Bréfritari: Sigurbjörg Einarsdóttir
Viðtakandi: Jón Borgfirðings Jónsson
Dagsetning: A-1882-03-03
Skrifað á: Akureyri  Eyf.

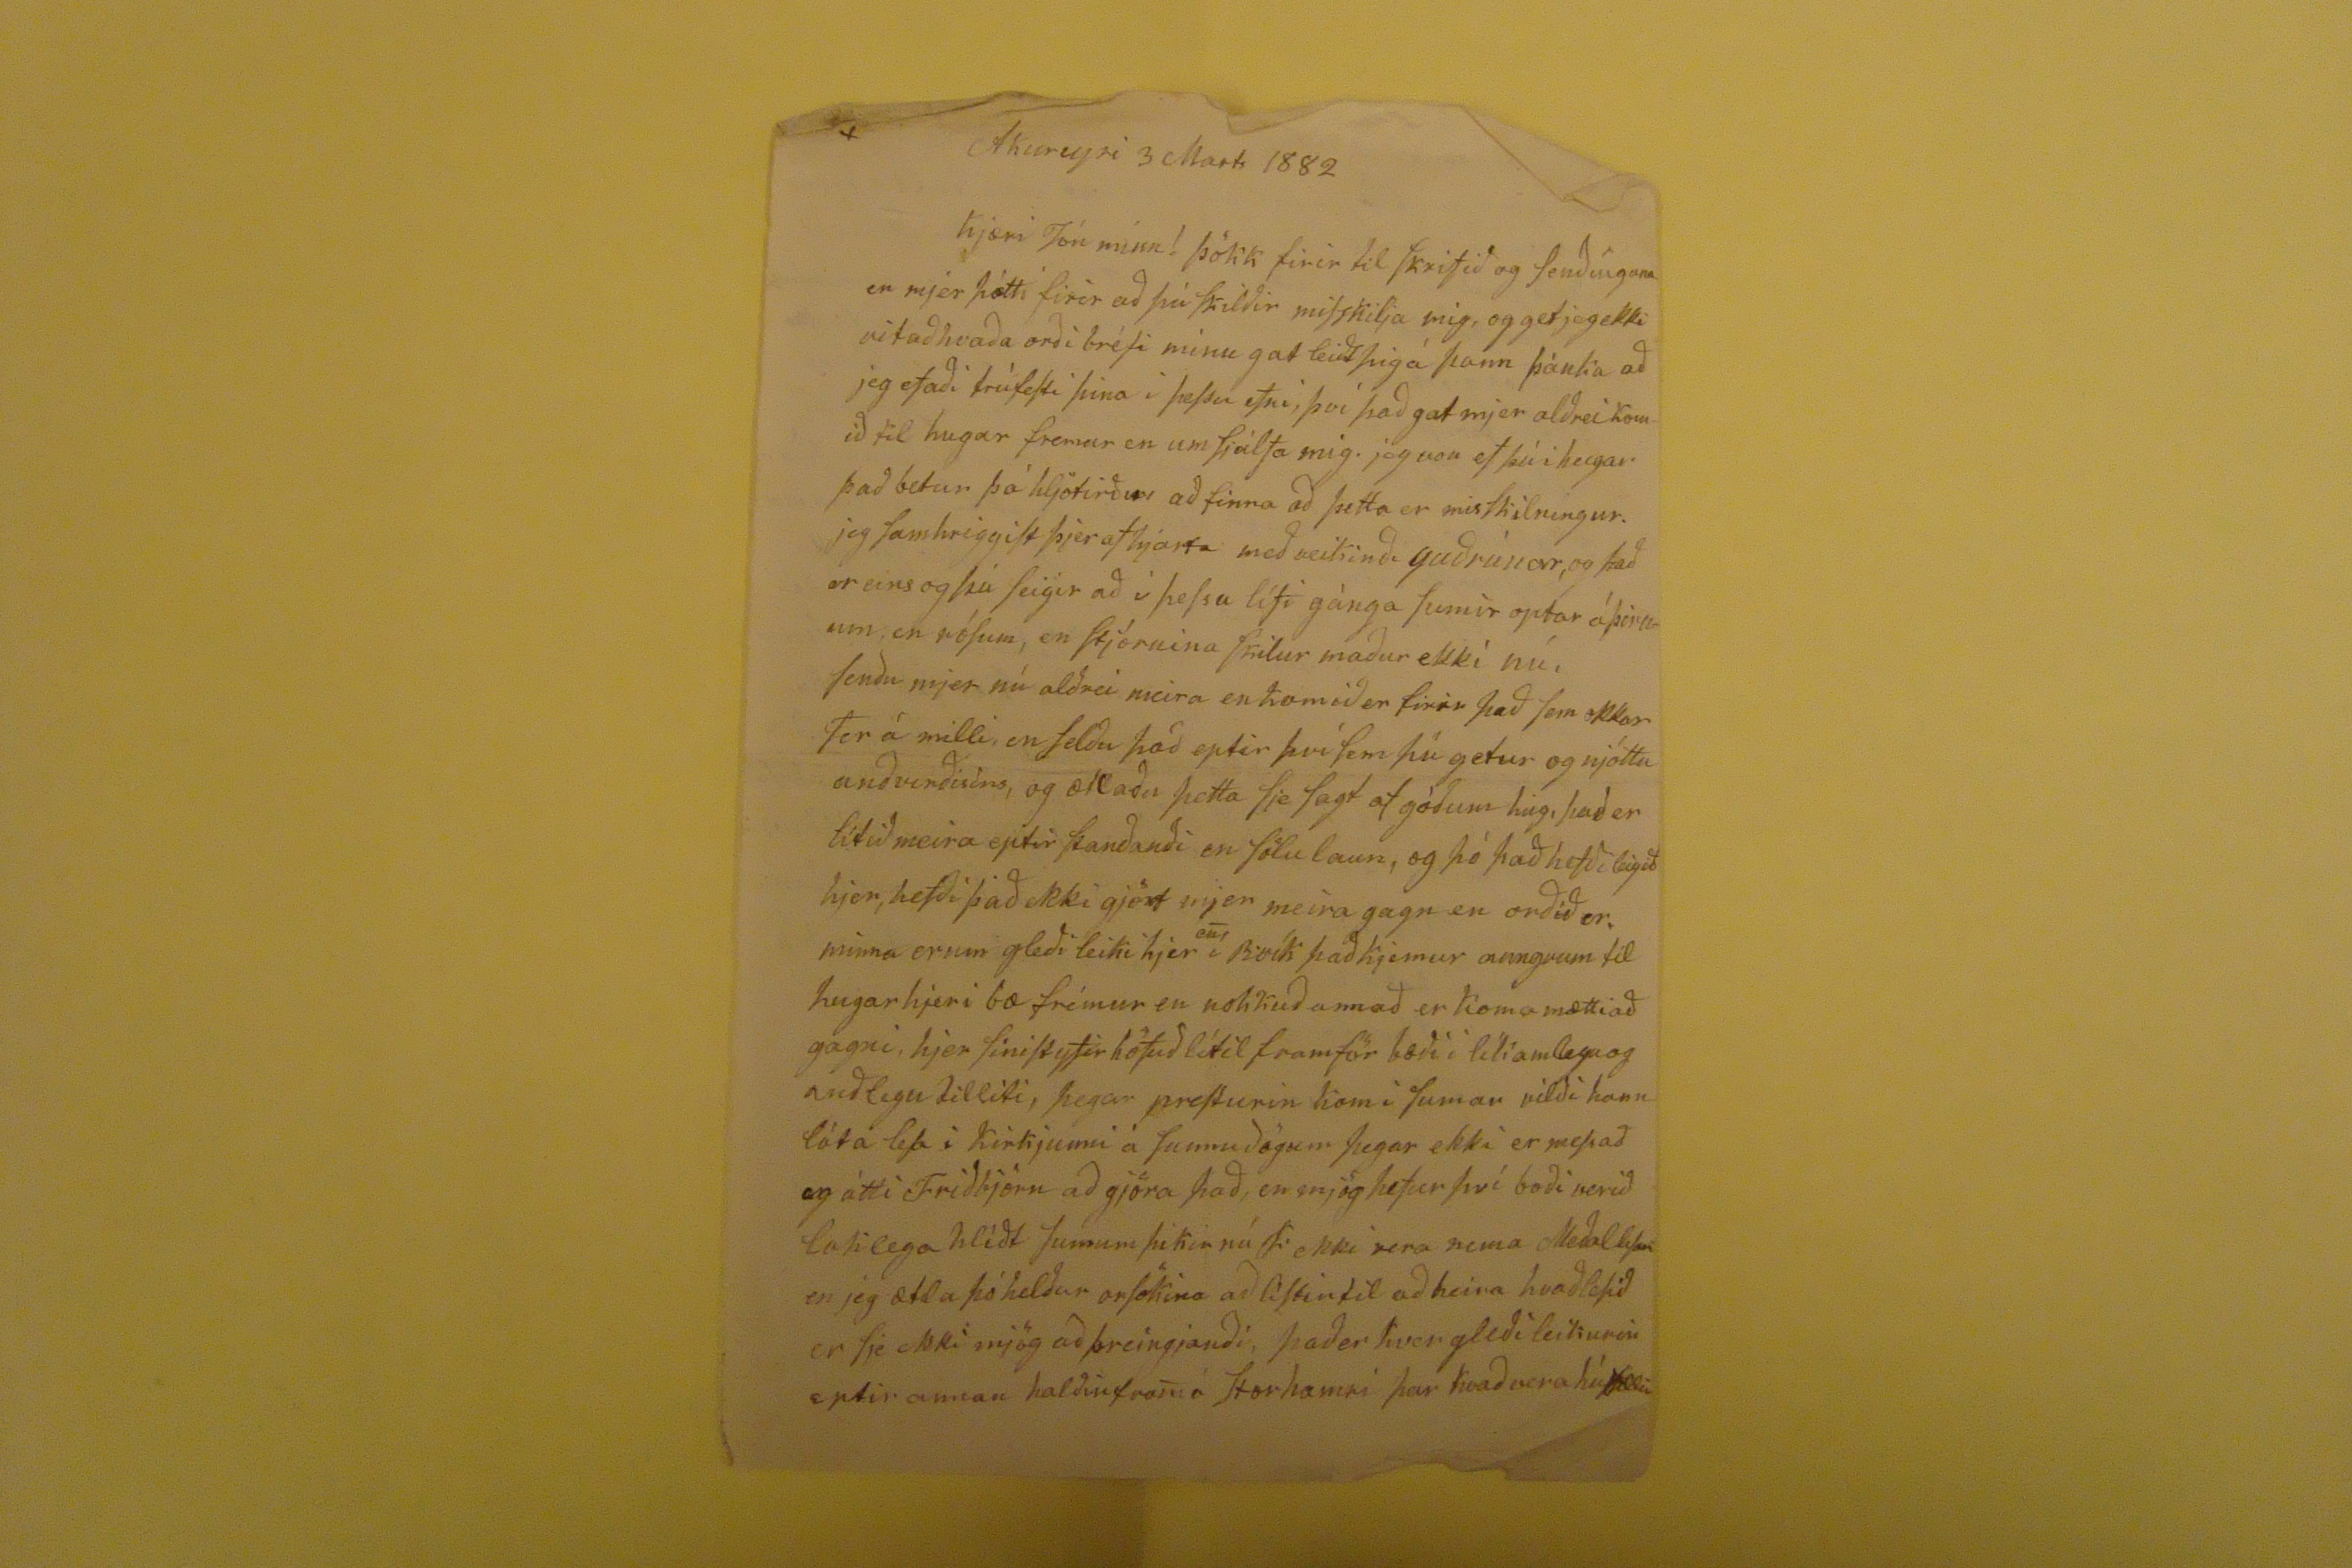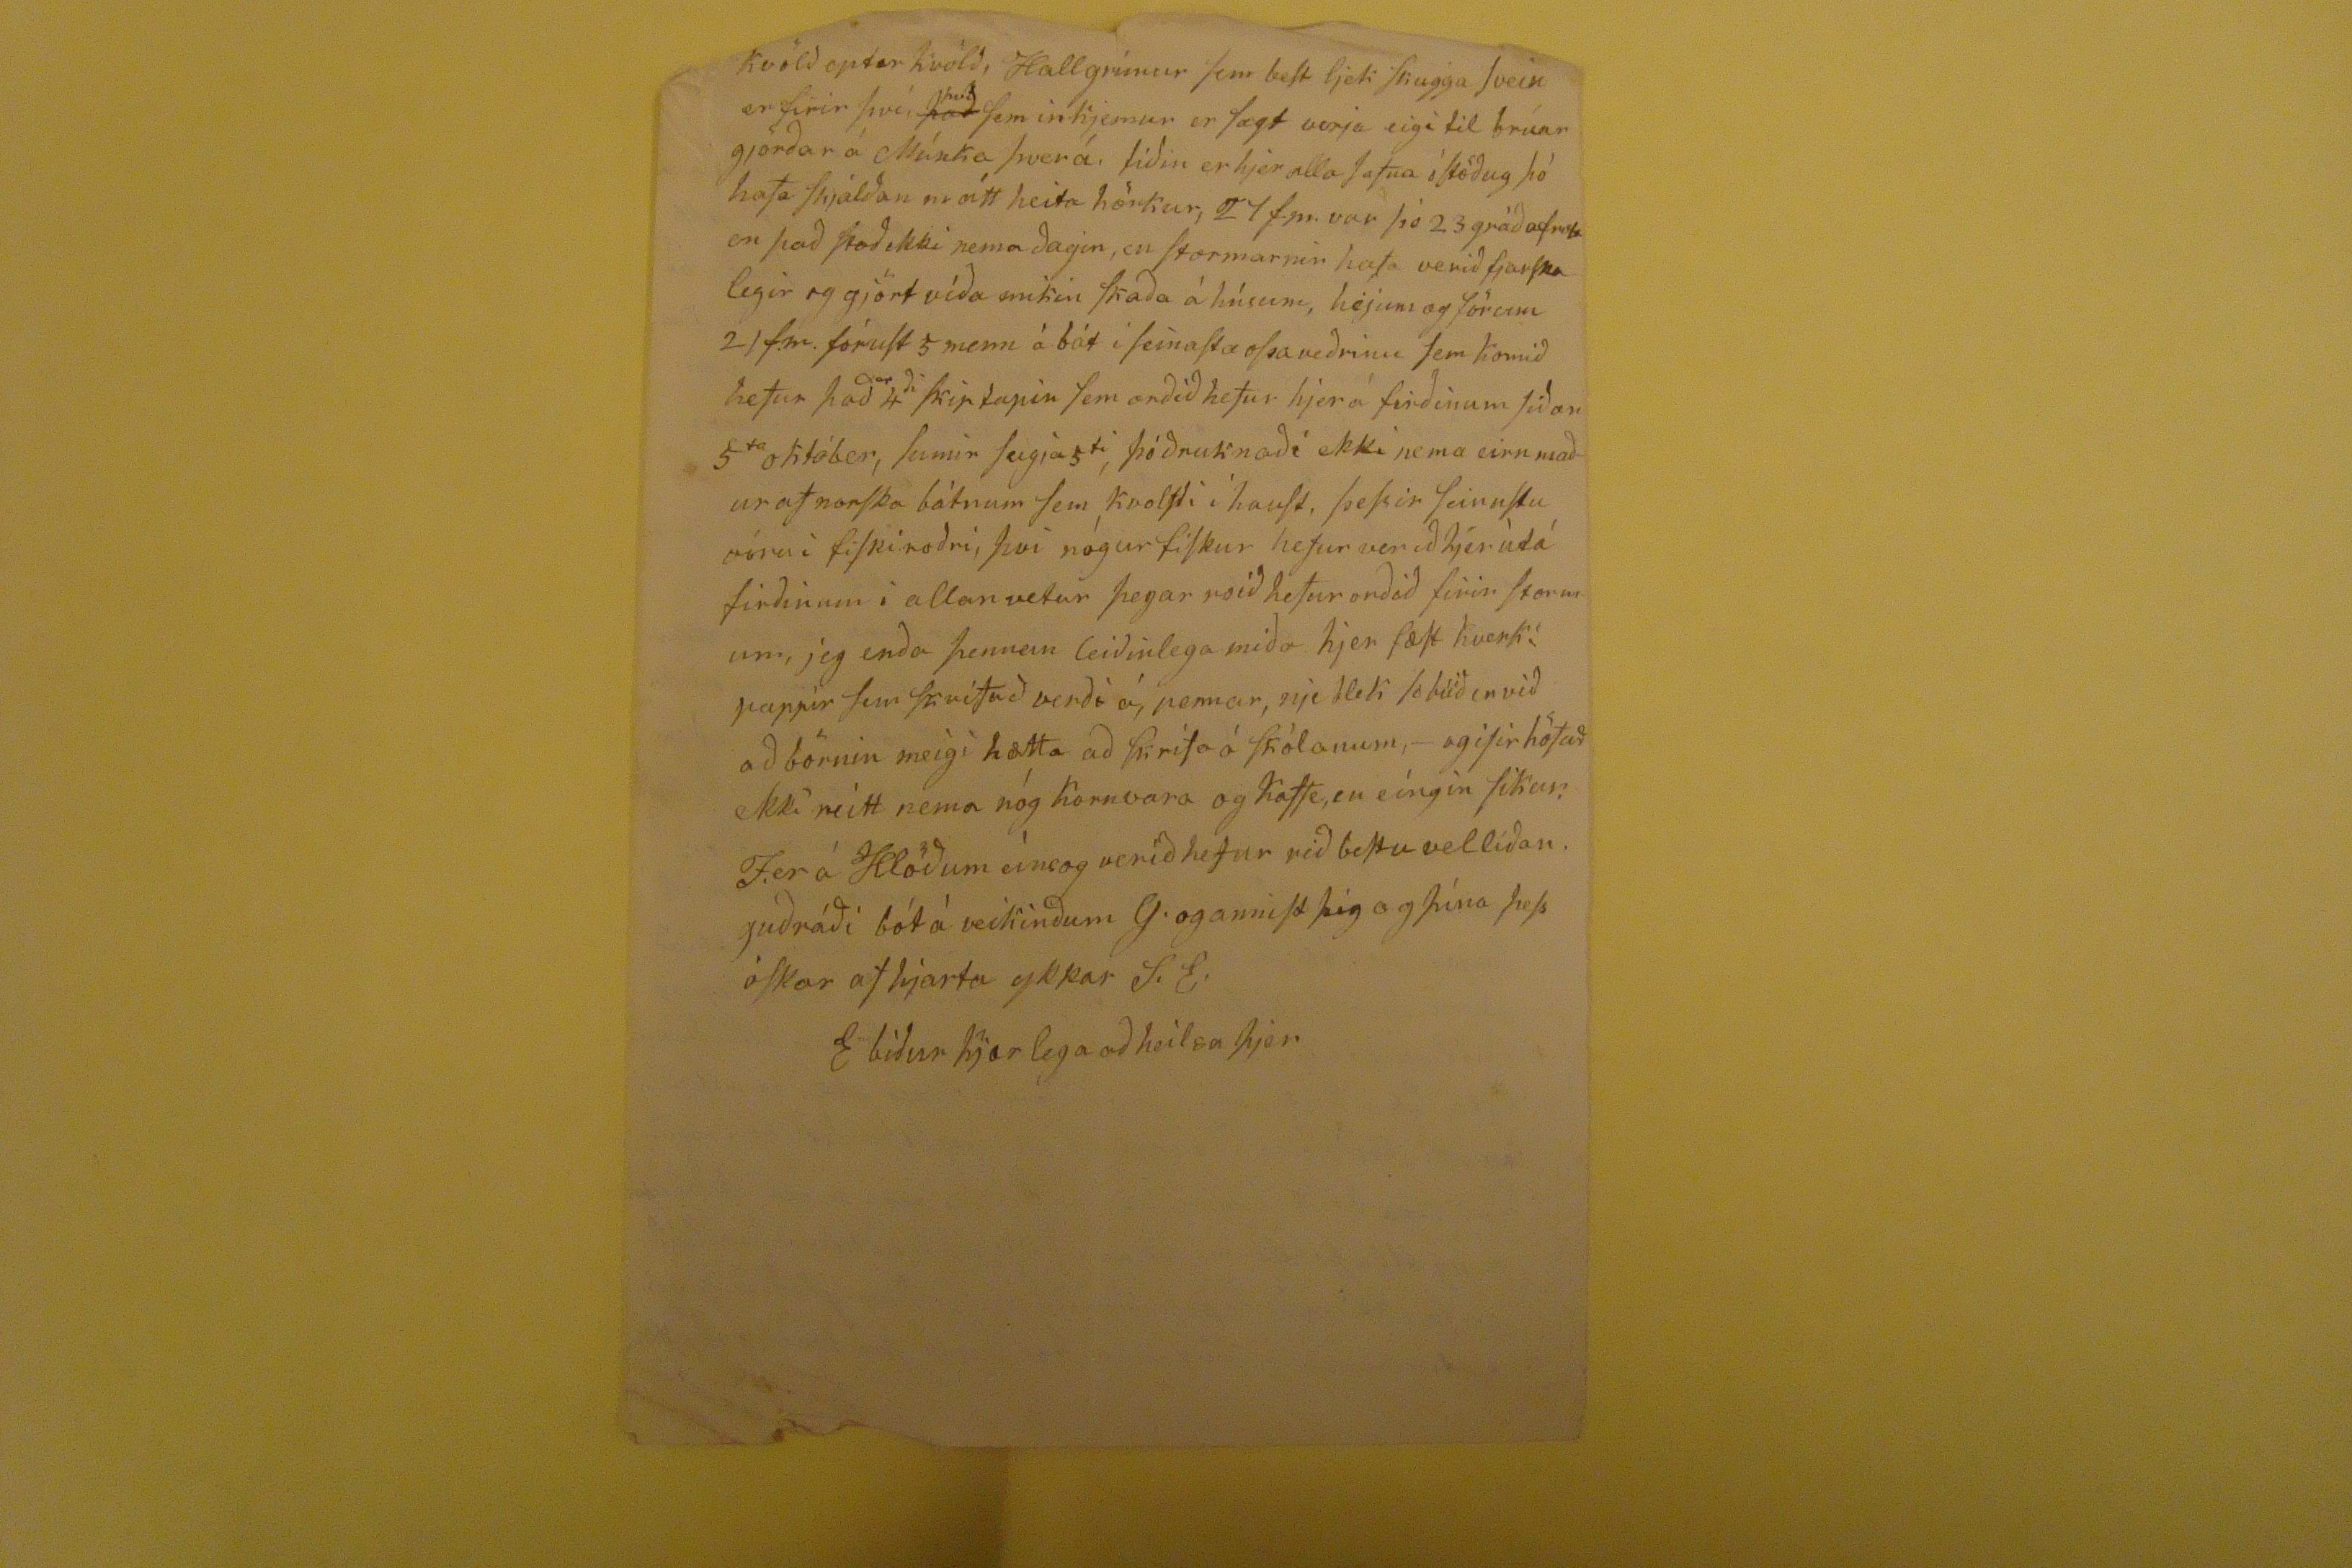

Akureyri 3 Marts 1882
Kjæri Jón minn! þökk firir til skrifið og senðínguna en mjer þótti firir að þú skilðir misskilja mig, og get jeg ekki vitað hvaða orði bréfi mínu gat leiðt þigá þann þánka að jeg efaði trúfesti þina i þessu efni því það gat mjer alðrei komið til hugar fremur en um sjálfa mig. jeg von ef þú ihugar það betur þá hljótirðu að finna að þetta er misskilningur. jeg samhriggist þjer af hjarta með veikinði guðrúnar, og það er eins og þú seigir að i þessu lífi gánga sumir optar
áþeiruum
, en rósum, en stjórnina skilur maður ekkí nú, senðu mjer nú alðrei meira en komið er firir það sem okkar fer á milli, en felðu það eptir því sem þú getur og njóttu anðvirðisins, og ætlaðu þetta sje sagt af góðum hug, það er lítið meira eptir stanðanði en sölulaun, og þó það hefði leigið hjer, hefði það ekki gjört mjer meira gagn en orðið er, minna erum gleði leiki hjer
en
í Rvík það kjemur aungvum til hugar hjer í bæ frémur en nokkuð annað er koma mættiað gagni, hjer sinist yfir höfuð lítil framför bæði í líkamlegu og auðlegu tilliti, þegar presturin kom í sumar vilði hann láta þesa i kirkjunn á sunnuðögum þegar ekki er mestað og átti Friðbjörn að gjöra það, en mjög hefur því bæði verið loklega hlíðt sumum þikir nú F ekki vera nema Meðal
lesi
en jeg ætla þó helður orsökina að listin til að heira hvað lesið er sje ekki mjög að þreingjanði, það er kver gleði leikurin eptir annan halðinfram á storhamri þar kvað vera
hú
??
kvölð optar kvölð, Hallgrímur sem best ljek Skugga Svein er firir því,
það
því
sem in kjemur er sægt verja eigi til brúar gjörðar á Múnka þverá, tiðin er hjer alla
safna
óstöðug þó hafa
shjalðan
mátt heita hörkur, 27 fm. var þó 23 gráðafrost en það stoð ekki nema ðagin, en stormarnir hafa verið fjarskalegir og gjört víða mikin skaða á húsum, hejum og förum 21 f.m. fórust 5 menn á bát í seinasta ofsaveðrinu sem komið hefur það
er
4
ði
skiptapin sem orðið hefur hjer á firðinum siðan 5
ta
október, sumir seigja 5
ti
, þó ðruknaði ekki nema eirn maður af norska bátnum sem kvolfti í haust, þessir sinustu voru i fiskiroðri, því nógur fiskur hefur verið hjer útá firðinum í allan vetur þegar roið hefur orðið firir stormum, jeg enða þennan leiðinlega miða hjer fæst
kverk,
pappír sem
skrifað
verði á, pennar, nje blek so búið en við að börnin meigi hætta að skrifa á skólanum,-
ogifir
höfuð ekki neitt nema nóg kornvara og Kaffe, en eíngin sikur. Fer á Hlöðum eínsog verið hefur við bestu velliðan. guðráði bót á veikinðum G. og annist þgi og þína þess óskar af hjarta ykkar S.E.
E biður kjærlega að heilsa þjer